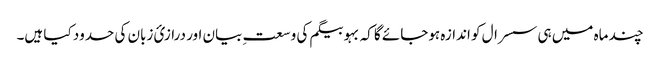
چند ماہ میں ہی سسرال کو اندازہ ہوجائے گا کہ بہو بیگم کی وسعتِ بیان اور درازیٔ زبان کی حدود کیا ہیں۔